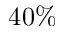
4 0 \%